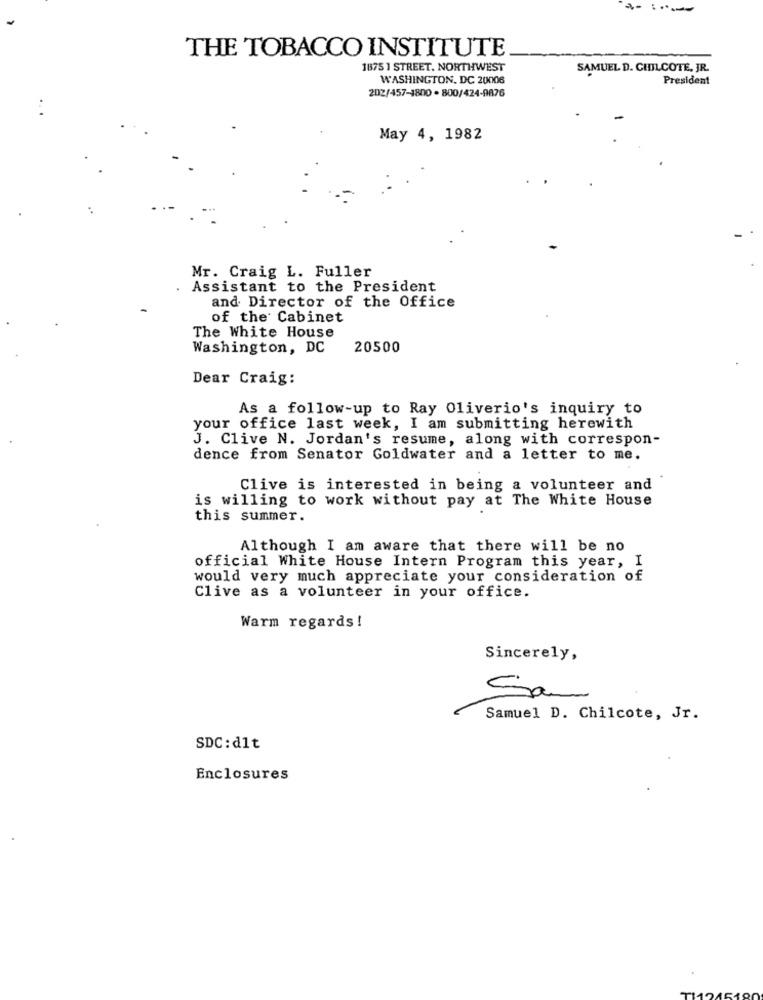
THE TOBACCO INSTITUTE
18751 STREET. NORTHWEST
SAMUEL D. CHILCOTE, JR.
WASHINGTON, DC 20006
President
202/457-1800 - 800/424-9876
May 4, 1982
Mr. Craig L. Fuller
Assistant to the President
and Director of the Office
of the Cabinet
The White House
Washington, DC
20500
Dear Craig:
As a follow-up to Ray Oliverio's inquiry to
your office last week, I am submitting herewith
J. Clive N. Jordan's resume, along with correspon-
dence from Senator Goldwater and a letter to me.
Clive is interested in being a volunteer and
is willing to work without pay at The White House
this summer.
Although I am aware that there will be no
official White House Intern Program this year, I
would very much appreciate your consideration of
Clive as a volunteer in your office.
Warm regards!
Sincerely,
Sam
Samuel D. Chilcote, Jr.
SDC: d1t
Enclosures